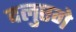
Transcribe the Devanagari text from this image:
दलुएगे